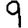
Digit: 9